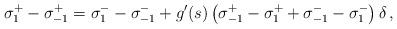
LaTeX: \begin{align*}\sigma^+_{1} - \sigma^+_{-1} &= \sigma_1^- - \sigma_{-1}^- + g'(s)\left(\sigma_{-1}^+ - \sigma_{1}^+ +\sigma_{-1}^- - \sigma_{1}^-\right)\delta\,,\end{align*}